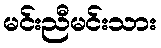
မင်းညီမင်းသား